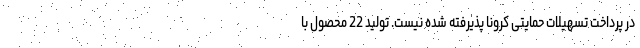
در پرداخت تسهیلات حمایتی کرونا پذیرفته شده نیست. تولید 22 محصول با